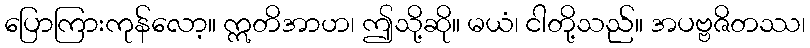
ပြောကြားကုန်လော့။ ဣတိအာဟ၊ ဤသို့ဆို။ မယံ၊ ငါတို့သည်။ အပဗ္ဗဇိတဿ၊